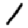
Digit: 1